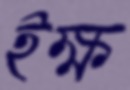
ইক্ষ